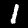
Label: 1